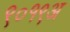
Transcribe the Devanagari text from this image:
९०१९अ